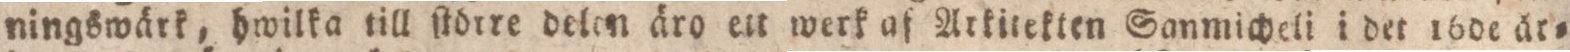
ningswärk, hwilka till ſtörre delen äro ett werk af Arkitekten Sanmicheli i det 16de är=